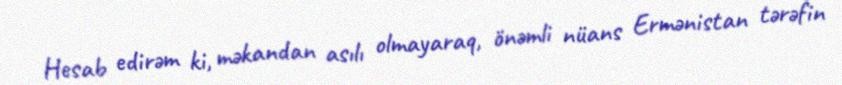
Hesab edirəm ki, məkandan asılı olmayaraq, önəmli nüans Ermənistan tərəfin